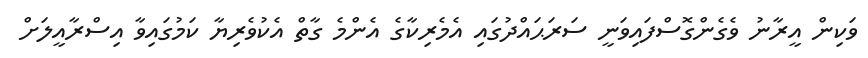
ވަކިން އީރާނު ވެގެންގޮސްފައިވަނީ ސަރަޙައްދުގައި އެމެރިކާގެ އެންމެ ގާތް އެކުވެރިޔާ ކަމުގައިވާ އިސްރާއީލަށް